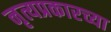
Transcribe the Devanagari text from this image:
नृत्यप्रकारच्या